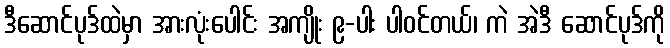
ဒီဆောင်ပုဒ်ထဲမှာ အားလုံးပေါင်း အကျိုး ၉-ပါး ပါဝင်တယ်၊ ကဲ အဲဒီ ဆောင်ပုဒ်ကို